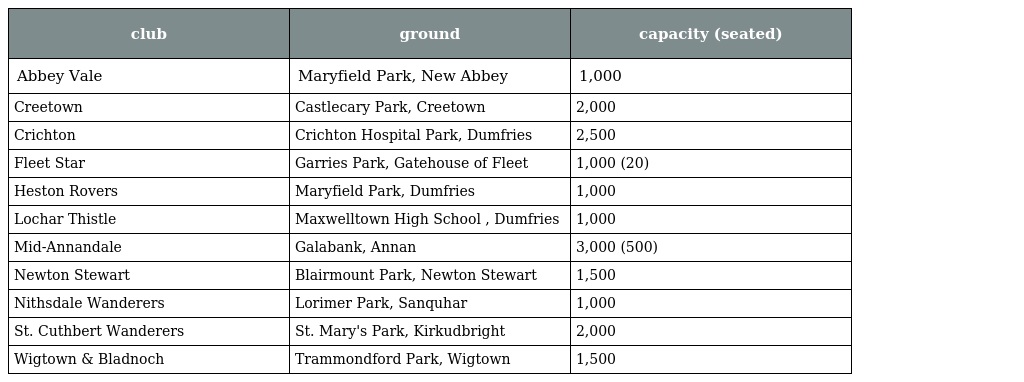
| club | ground | capacity (seated) |
 | --- | --- | --- |
 | Abbey Vale | Maryfield Park, New Abbey | 1,000 |
 | Creetown | Castlecary Park, Creetown | 2,000 |
 | Crichton | Crichton Hospital Park, Dumfries | 2,500 |
 | Fleet Star | Garries Park, Gatehouse of Fleet | 1,000 (20) |
 | Heston Rovers | Maryfield Park, Dumfries | 1,000 |
 | Lochar Thistle | Maxwelltown High School , Dumfries | 1,000 |
 | Mid-Annandale | Galabank, Annan | 3,000 (500) |
 | Newton Stewart | Blairmount Park, Newton Stewart | 1,500 |
 | Nithsdale Wanderers | Lorimer Park, Sanquhar | 1,000 |
 | St. Cuthbert Wanderers | St. Mary's Park, Kirkudbright | 2,000 |
 | Wigtown & Bladnoch | Trammondford Park, Wigtown | 1,500 |